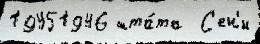
19451946 шта́та  С'ен'и